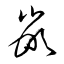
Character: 嵌